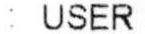
: USER